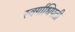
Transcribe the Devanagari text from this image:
स्वर्गाधिपती